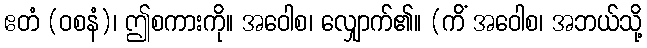
ဧတံ (ဝစနံ)၊ ဤစကားကို။ အဝေါစ၊ လျှောက်၏။ (ကိံ အဝေါစ၊ အဘယ်သို့